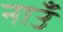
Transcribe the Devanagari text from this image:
नाउँ